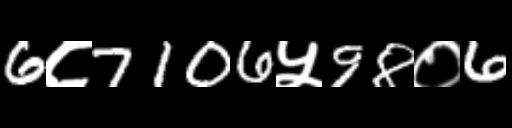
Text: 6८7106५98०6